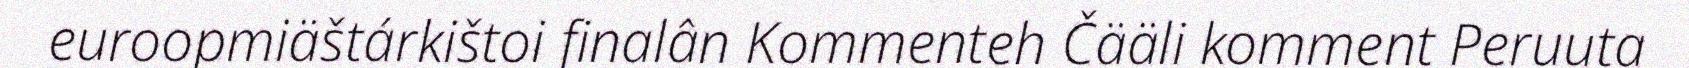
euroopmiäštárkištoi finalân Kommenteh Čääli komment Peruuta